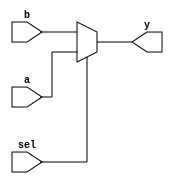
`timescale 1ns / 1ps

////////////////////////////////////////////////////////////////////////////////
// Company:       California State University San Bernardino
//                Tyler Clayton
//
// Module Name:   ALU_MUX
// Project Name:  MIPS
// Description:   MIPS 2-to-1 32-bit MUX implementation in verilog.
//
// Dependencies:  None
//
////////////////////////////////////////////////////////////////////////////////

module ALU_MUX(input [31:0] a, b, input sel, output [31:0] y);
	// If y = 1, select a; otherwise, select b.
	assign y = sel ? a : b;
endmodule